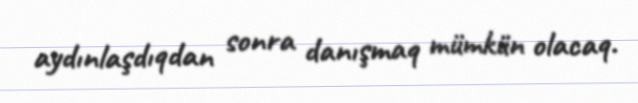
aydınlaşdıqdan sonra danışmaq mümkün olacaq.